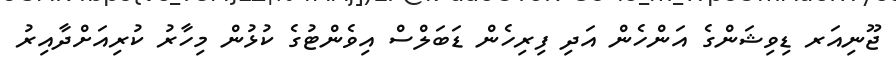
ޖޫނިއަރ ޑިވިޝަންގެ އަންހެން އަދި ފިރިހެން ޑަބަލްސް އިވެންޓުގެ ކުޅުން މިހާރު ކުރިއަށްދާއިރު